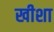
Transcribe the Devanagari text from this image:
खीशा